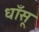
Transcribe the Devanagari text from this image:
धाँसू